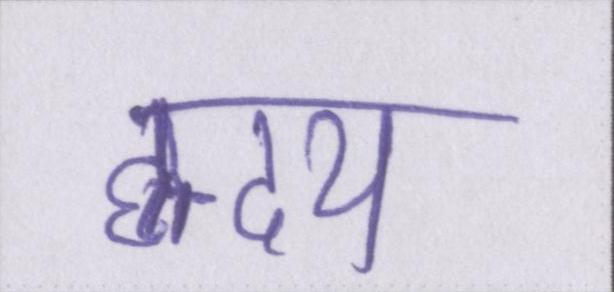
ह्रदय